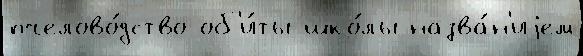
пчелово́дство об'и́ты шко́лы назва́н'иjем